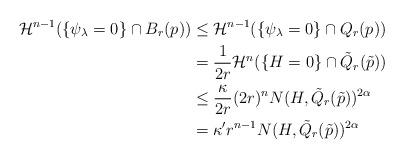
LaTeX: \begin{align*} \mathcal H^{n-1}(\{ \psi_\lambda =0 \} \cap B_{r}(p)) & \leq \mathcal H^{n-1}(\{ \psi_\lambda =0 \} \cap Q_r(p)) \\ &= \frac{1}{2r} \mathcal H^{n}(\{ H =0 \} \cap \tilde Q_r (\tilde p)) \\& \leq \frac{\kappa}{2r} (2r)^n N(H, \tilde Q _r(\tilde p))^{2\alpha} \\& = \kappa ' r^{n-1} N(H, \tilde Q _r(\tilde p))^{2\alpha}\end{align*}